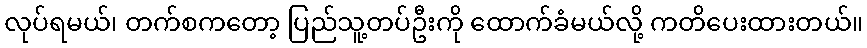
လုပ်ရမယ်၊ တက်စကတော့ ပြည်သူ့တပ်ဦးကို ထောက်ခံမယ်လို့ ကတိပေးထားတယ်။